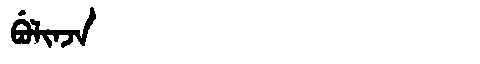
Manchu: ᠪᡠᠯᡳᠨᠵᠠ
Romanization: BULINJA